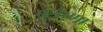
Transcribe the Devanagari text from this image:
पुत्रेष्णा